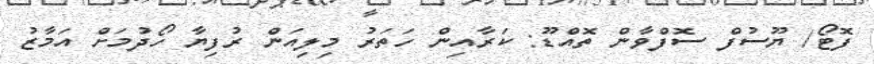
ފޮޓޯ/ ޔޫސުފް ސޮފްވާން ތޮއްްޑޫ: ކަރާއިން ހަތަރު މިލިއަން ރުފިޔާ ހޯދުމަށް އަމާޒު